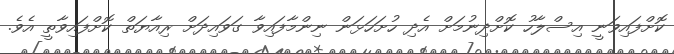
ކޮށްފައިވަނީ އިސްލާހު ކޮށްދިނުމަށް އެދި ހުށަހަޅަން ނިންމާފައިވާ ގަވައިދަށް ރިއާޔަތް ކޮށްފައިވާތީ އެވެ.